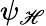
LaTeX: \psi_{\mathscr{H}}